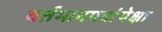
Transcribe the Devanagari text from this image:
वर्तमानपत्रांपेक्षा